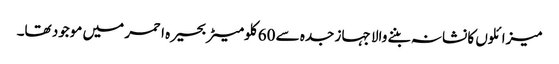
میزائلوں کا نشانہ بننے والا جہاز جدہ سے 60 کلومیٹر بحیرہ احمر میں موجود تھا۔